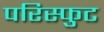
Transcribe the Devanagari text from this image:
परिस्फुट